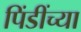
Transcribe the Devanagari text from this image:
पिंडींच्या